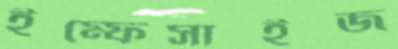
ইম্ফেসাইজ